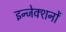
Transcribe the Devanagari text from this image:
इन्जेक्शनों